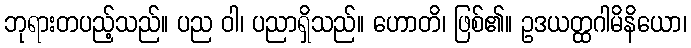
ဘုရားတပည့်သည်။ ပည ဝါ၊ ပညာရှိသည်။ ဟောတိ၊ ဖြစ်၏။ ဥဒယတ္ထဂါမိနိယော၊